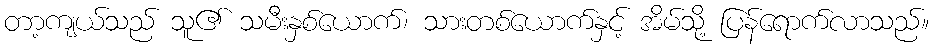
တာ့ကျယ်သည် သူ၏ သမီးနှစ်ယောက်၊ သားတစ်ယောက်နှင့် အိမ်သို့ ပြန်ရောက်လာသည်။